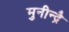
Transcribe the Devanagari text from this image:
मुनीन्द्रै